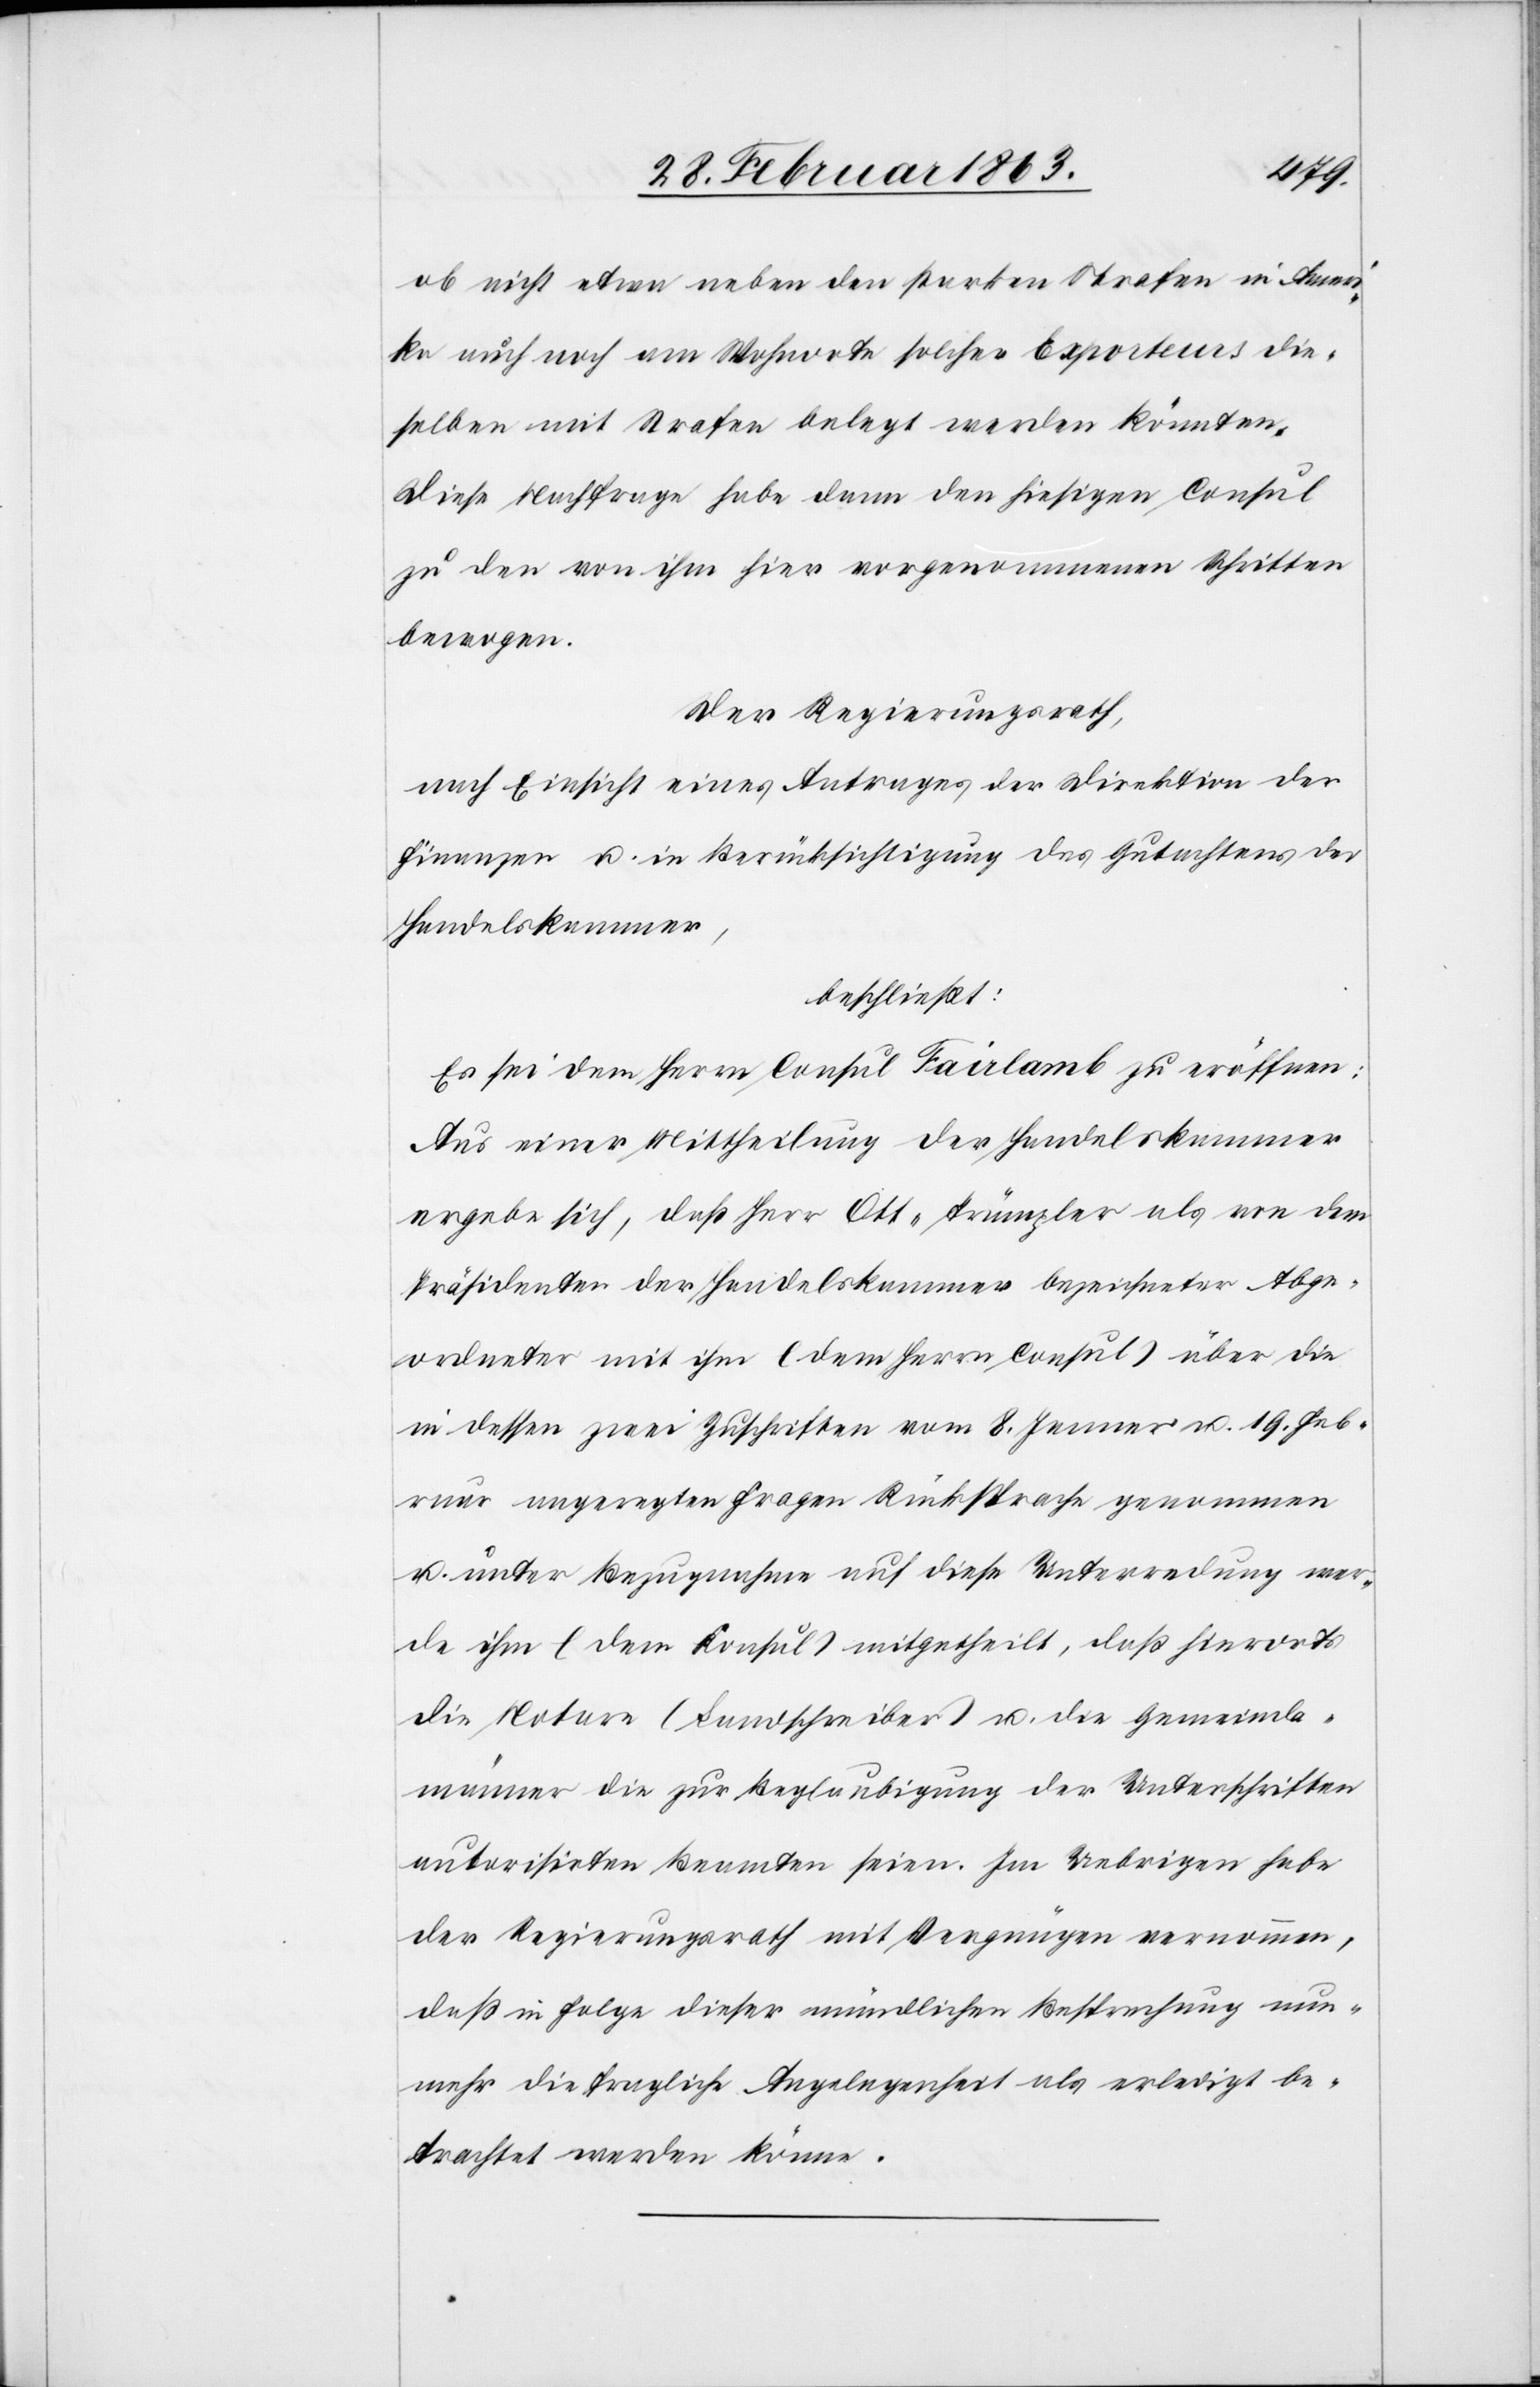
ob nicht etwa neben den starken Strafen in Ameri¬
ka auch noch am Wohnorte solcher Exporteurs die¬
selben mit Strafen belegt werde könnten.
Diese Nachfrage habe dann den hiesigen Consul
zu den von ihm hier vorgenommenen Schritten
bewogen.
Der Regierungsrath,
nach Einsicht eines Antrages der Direktion der
Finanzen u. in Berücksichtigung des Gutachtens der
Handelskammer,
beschließt:
Es sei dem Herrn Consul Fairlamb zu eröffnen:
Aus einer Mittheilung der Handelskammer
ergebe sich, daß Herr Ott-Trümpler als von dem
Präsidenten der Handelskammer bezeichneter Abge¬
ordneter mit ihm (dem Herrn Consul) über die
in dessen zwei Zuschriften vom 8. Jenner u. 19. Feb¬
ruar angeregten Fragen Rücksprache genommen
u. unter Bezugnahme auf diese Unterredung wer¬
de ihm (dem Konsul) mitgetheilt, daß hierorts
die Notare (Landschreiber) u. die Gemeinde¬
männer die zur Beglaubigung der Unterschriften
autorisirten Beamten seien. Im Uebrigen habe
der Regierungsrath mit Vergnügen vernommen,
daß in Folge dieser mündlichen Besprechung nun¬
mehr die fragliche Angelegenheit als erledigt be¬
trachtet werden könne.